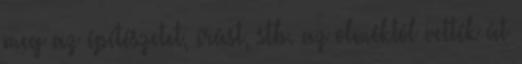
meg az építészetet, írást, stb. az olméktól vették át